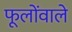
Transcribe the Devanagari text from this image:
फूलोंवाले